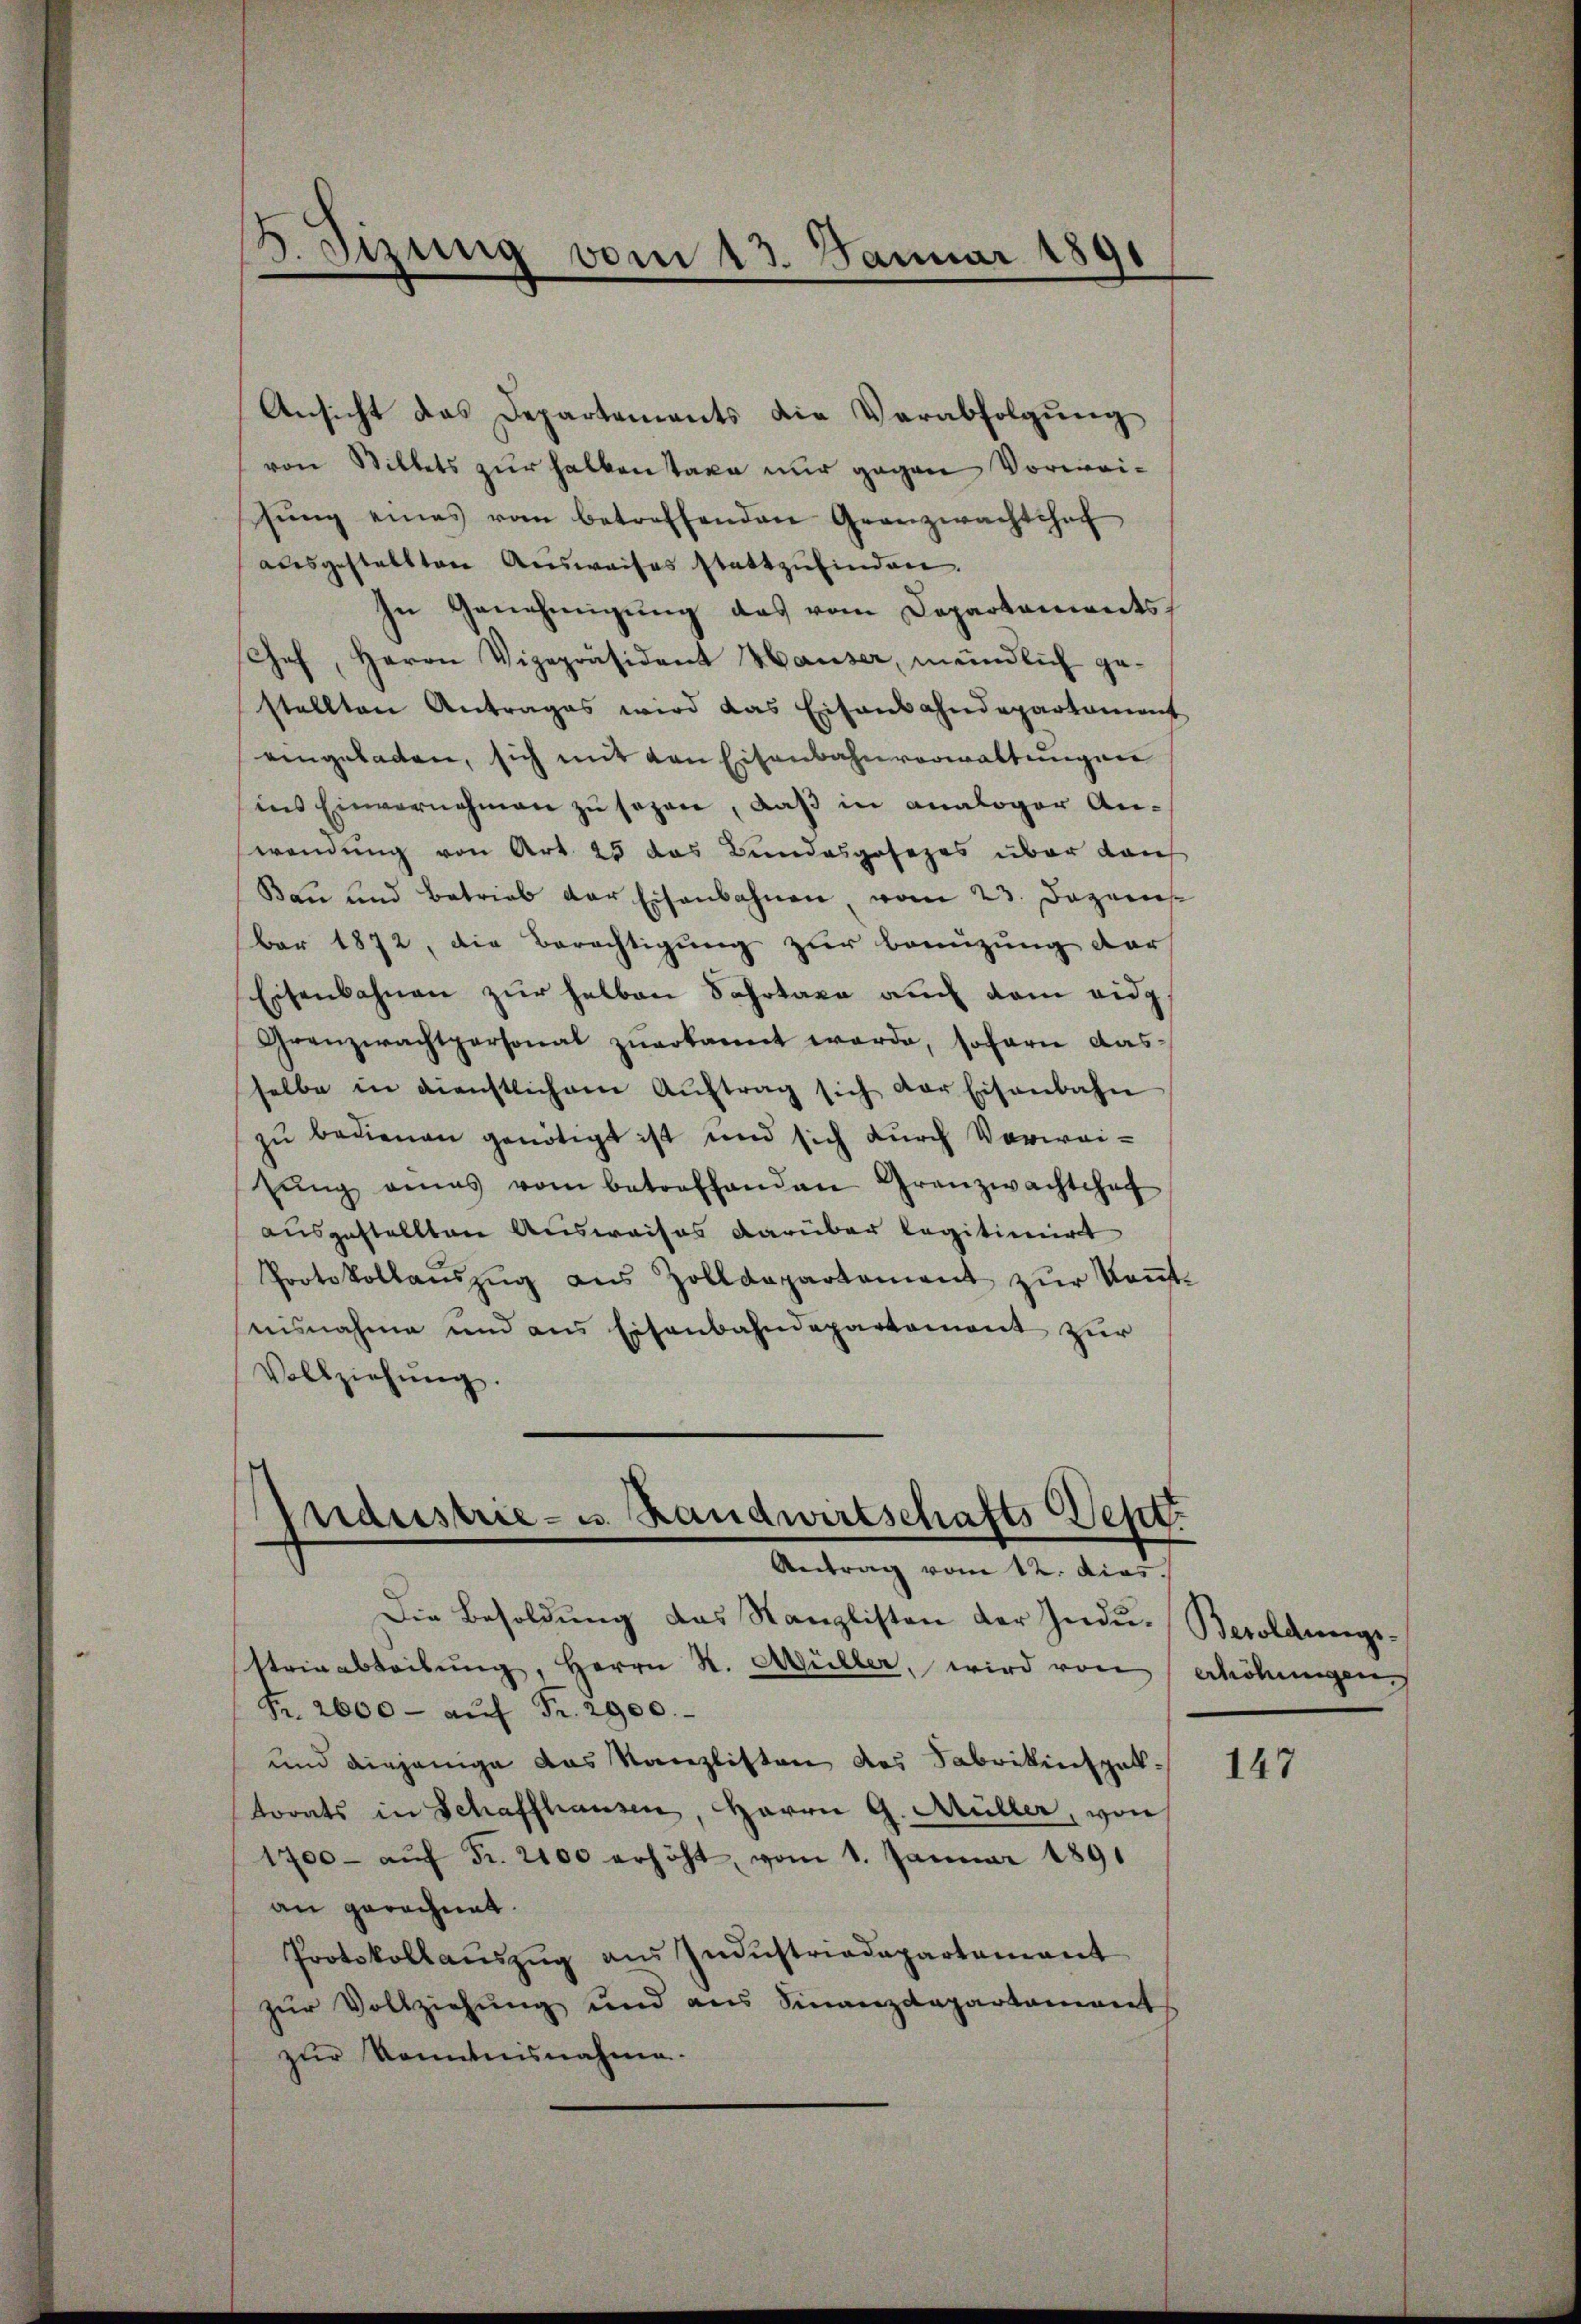
2. Sizung vom 13. Januar 1891
.

Ansicht das Departements die Verabfolgŭng
von Stillets zur halben taxe nur gegen Vorweisŭng eines vom betreffenden Granzwachtshof
alsgestellten Ausweises stattzufinden.
In Genehmigŭng das vom Departaments,
Geh, Herrn Vizepräsident Hauser, meindlich gestellten Antrages wird das Eisenbahndepartament
eingeladen, sich mit von Eisenbahnverwaltungen
ins Einvernehmen zu sezen, daß in analoger An-
wendung von Art. 25 das Bundesgesezes über dan
Bau und betrieb der Eisenbahnen vom 23. Dezember 1872, die Berechtigung zur Benuzung der
Eisenbahnen zur halben Sohrtaxe auch dem eidg
Grenzwachtpersonal zuerkannt werde, sofern dasselbe in dienstlichem Aŭftrag sich der Eisenbahn
zu bedienen genötigt ist und sich durch Vorweizŭng eines vom betreffenden Granzwachtchef
ausgestellten Ausweises darüber legitimirt
Protokollaŭszŭg aŭs Zolldepartament zŭr Keṅt-
nisnahme und aus Eisenbahndepartement zur
Vollziehŭng.

Industrie - u. Handwirtschafts Sept.
Antrag vom 12. dies

Die Besoldung das Kanzlisten der Indu- Besoldungs¬
Steinabteilŭng, Herrn St. Müller, wird von
Fr. 2600- aŭf Fr. 2900.
und diejenige das Kanzlisten des Fabrikinspektorats in Schaffhausen, Herrn G. Müller, von
1700- aŭf Fr. 2100 erhöht, vom 1. Januar 1891
an gerechnet.
Protokollaŭszŭg aŭs Indŭstriadepartement
zur Vollziehung und aus Finanzdepartament
zur Kenntnisnahme.

erhöhungen

147